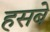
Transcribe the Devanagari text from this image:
हसबे